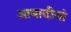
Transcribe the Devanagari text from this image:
आबादीयां